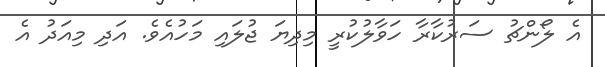
އެ ލޯންޗު ސަރުކާރާ ހަވާލުކުރީ މިދިޔަ ޖުލައި މަހުއެވެ. އަދި މިއަދު އެ